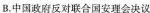
A.中国政府反对联合国安理会决议